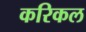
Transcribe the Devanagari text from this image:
करिकल